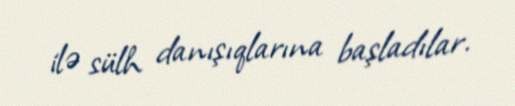
ilə sülh danışıqlarına başladılar.